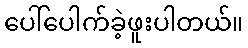
ပေါ်ပေါက်ခဲ့ဖူးပါတယ်။